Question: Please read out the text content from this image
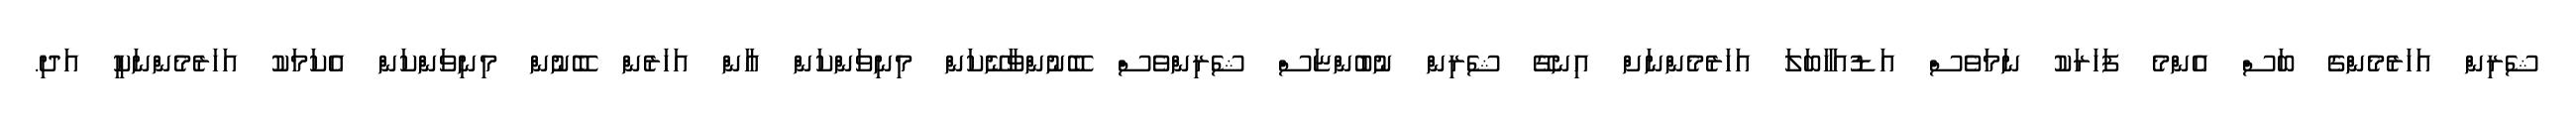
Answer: ޝެރިން އަހަރެމެންގެ ބަސް އެންމެ ފަހަރަކު ނަމަވެސް އަޑުއަހާބަލަ އަހަރެމެންނަށް އިނގޭ ޝެރިން ނުބުންޏަސް ޝެރިންވެސް ބޭނުންވާނޭކަން މިނިވަންކަން އާން އަހަރެން ބޭނުން މިނިވަންކަން އެކަމަކު އަހަރެމެންނަކީ އަދި.